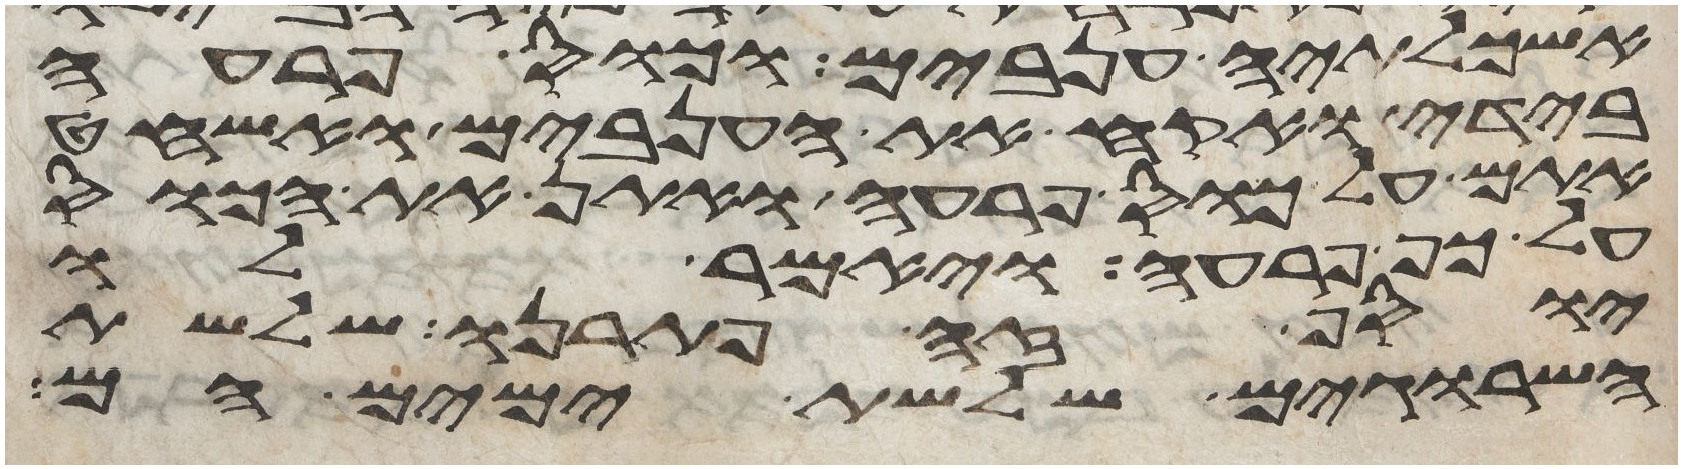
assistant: אשכלתיה ענבים וכוס פרעה
בידי ואקח את הענבים ואשחט
אתם על כוס פרעה ואתן את הכוס
על כף פרעה ויאמר לו
יוסף זה פתרנו שלשת
השרוגים שלשת ימים הם